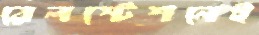
রেলস্টেশনেই